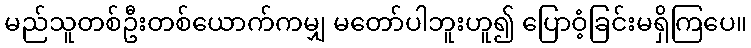
မည်သူတစ်ဦးတစ်ယောက်ကမျှ မတော်ပါဘူးဟူ၍ ပြောဝံ့ခြင်းမရှိကြပေ။